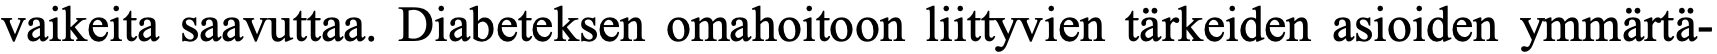
vaikeita saavuttaa. Diabeteksen omahoitoon liittyvien tärkeiden asioiden ymmärtä-